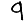
Digit: 9